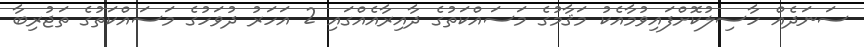
ސަނަދެއް ހާސިލުކޮށްފައިވުމާއެކު މަޤާމުގެ މަސައްކަތުގެ ދާއިރާއެއްގައި 2 އަހަރު ދުވަހުގެ މަސައްކަތުގެ ތަޖުރިބާ